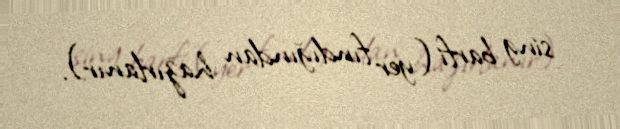
sing barfi (yer fındığından hazırlanır).